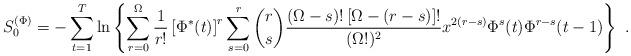
LaTeX: \begin{align*}S_0^{(\Phi)} = - \sum_{t=1}^T \ln \left\{ \sum_{r=0}^{\Omega} \frac{1}{r!} \left[\Phi^*(t)\right]^r\sum_{s=0}^r {r\choose s} \frac{(\Omega-s)! \left[\Omega-(r-s)\right]!}{(\Omega!)^2} x^{2(r-s)} \Phi^s(t) \Phi^{r-s}(t-1) \right\}\ .\end{align*}